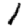
Digit: 1